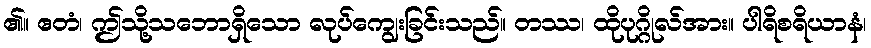
၏။ ဧတံ၊ ဤသို့သဘောရှိသော လုပ်ကျွေးခြင်းသည်။ တဿ၊ ထိုပုဂ္ဂိုလ်အား။ ပါရိစရိယာနံ၊